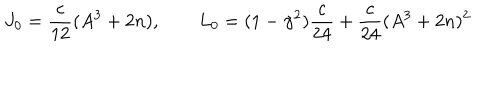
J _ { 0 } = \frac { c } { 1 2 } ( A ^ { 3 } + 2 n ) , \qquad L _ { 0 } = ( 1 - \gamma ^ { 2 } ) \frac { c } { 2 4 } + \frac { c } { 2 4 } ( A ^ { 3 } + 2 n ) ^ { 2 }